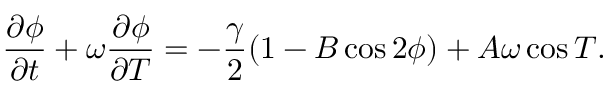
\frac { \partial \phi } { \partial t } + \omega \frac { \partial \phi } { \partial T } = - \frac { \gamma } { 2 } ( 1 - B \cos 2 \phi ) + A \omega \cos T .